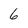
Character: 6